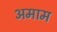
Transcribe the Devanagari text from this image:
अमाम